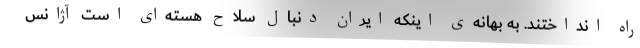
راه انداختند. به بهانه‌ی اینکه ایران دنبال سلاح هسته‌ای است آژانس